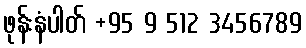
ဖုန်းနံပါတ် +95 9 512 3456789